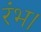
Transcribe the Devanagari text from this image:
रंभ।